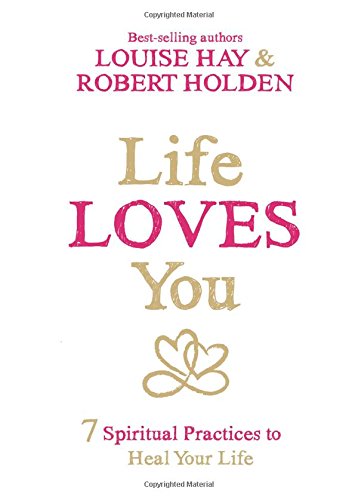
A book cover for Life Loves You: 7 Spiritual Practices to Heal Your Life; Louise Hay; Religion & Spirituality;